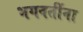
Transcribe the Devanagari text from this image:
भगवतींना